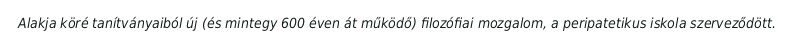
Alakja köré tanítványaiból új (és mintegy 600 éven át működő) filozófiai mozgalom, a peripatetikus iskola szerveződött.